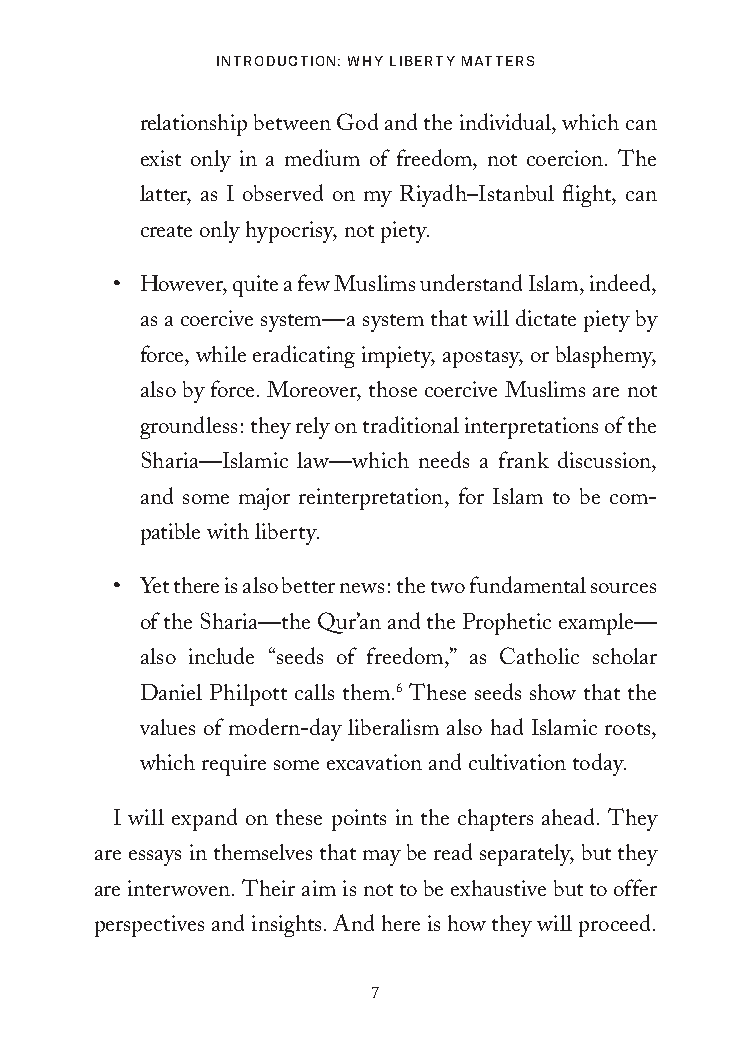
IntroductIon: Why LIberty Matters
 relationship between God and the individual, which can
 exist only in a medium of freedom, not coercion. The
 latter, as I observed on my Riyadh–Istanbul flight, can
 create only hypocrisy, not piety.
 • However, quite a few Muslims understand Islam, indeed,
 as a coercive system—a system that will dictate piety by
 force, while eradicating impiety, apostasy, or blasphemy,
 also by force. Moreover, those coercive Muslims are not
 groundless: they rely on traditional interpretations of the
 Sharia—Islamic law—which needs a frank discussion,
 and some major reinterpretation, for Islam to be com-
 patible with liberty.
 • Yet there is also better news: the two fundamental sources
 of the Sharia—the Qur’an and the Prophetic example—
 also include “seeds of freedom,” as Catholic scholar
 Daniel Philpott calls them.6 These seeds show that the
 values of modern-day liberalism also had Islamic roots,
 which require some excavation and cultivation today.
 I will expand on these points in the chapters ahead. They
 are essays in themselves that may be read separately, but they
 are interwoven. Their aim is not to be exhaustive but to offer
 perspectives and insights. And here is how they will proceed.
 7
 25320_Ch00_Introduction.indd 7          24/06/2021 8:14 AM